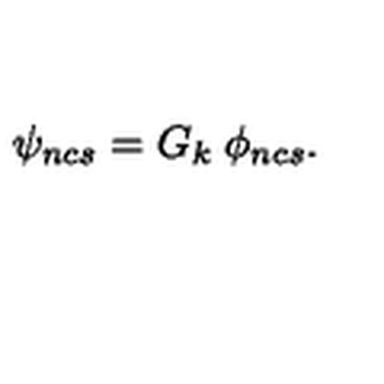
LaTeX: \psi _ { n c s } = G _ { k } \: \phi _ { n c s } .